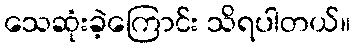
သေဆုံးခဲ့ကြောင်း သိရပါတယ်။